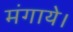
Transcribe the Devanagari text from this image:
मंगाये।